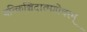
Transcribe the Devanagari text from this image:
यत्किञ्चिदात्मगोचरम्